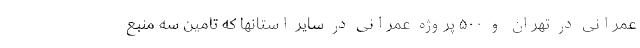
عمرانی در تهران و ۵۰۰ پروژه عمرانی در سایر استانها که تامین سه منبع